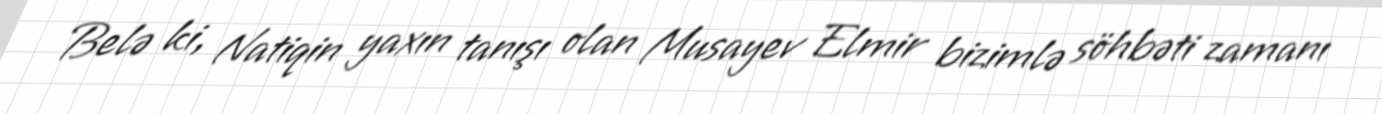
Belə ki, Natiqin yaxın tanışı olan Musayev Elmir bizimlə söhbəti zamanı